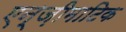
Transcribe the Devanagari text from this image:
एन्ज़ीमाटिक